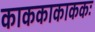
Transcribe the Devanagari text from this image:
काककाकाककः